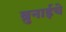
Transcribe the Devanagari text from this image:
ब्रुनाईचे